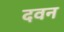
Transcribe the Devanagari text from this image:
दवन